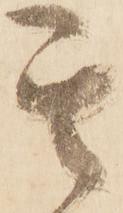
其